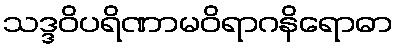
သဒ္ဒဝိပရိဏာမဝိရာဂနိရောဓာ